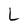
Character: L